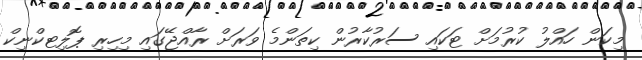
މިކަން ހައްލު ކުރުމަށް ޓަކައި ސަރުކާރުން ކިތަންމެ ވަރަށް ރާއްޖޭގައި މިހިރި ޕޮލިޓކްނިކް